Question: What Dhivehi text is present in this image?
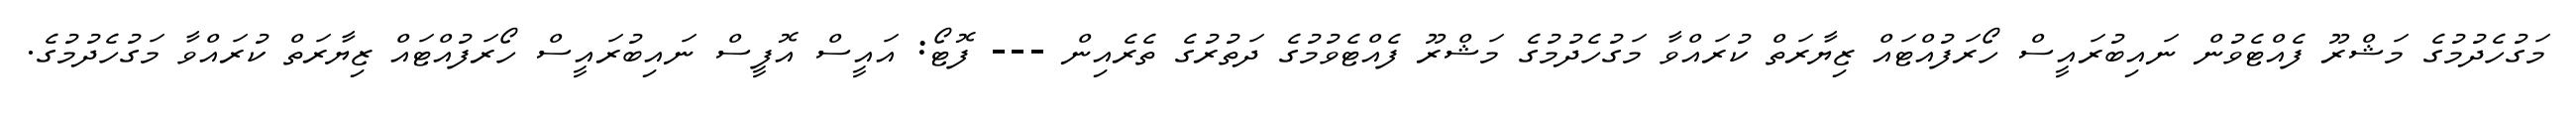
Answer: މަގުހެދުމުގެ މަޝްރޫ ފެއްޓެވުން ނައިބުރައީސް ހޯރަފުއްޓައް ޒިޔާރަތް ކުރައްވާ މަގުހެދުމުގެ މަޝްރޫ ފެއްޓެވުމުގެ ދަތުރުގެ ތެރެއިން --- ފޮޓޯ: އައީސް އޮފީސް ނައިބުރައީސް ހޯރަފުއްޓައް ޒިޔާރަތް ކުރައްވާ މަގުހެދުމުގެ.